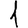
Digit: 1